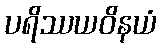
ပရိဿယဝိနယံ